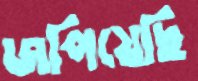
জপিয়েছি